Vaccination in Bombay 1913-1923 - 1913-1923
Year: 1913
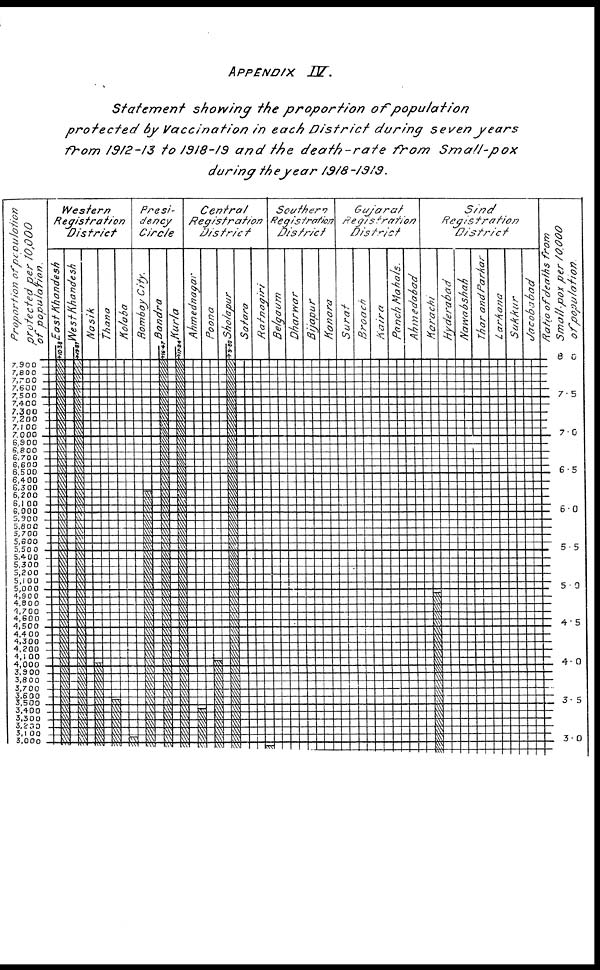
APPENDIX
IV.
Statement
showing the proportion
of
population
protected
by Vaccination
in each District
during seven
years
from 1912-13 to 1918-19 and the death-rate
from
Small-pox
during the year
1918-1919.